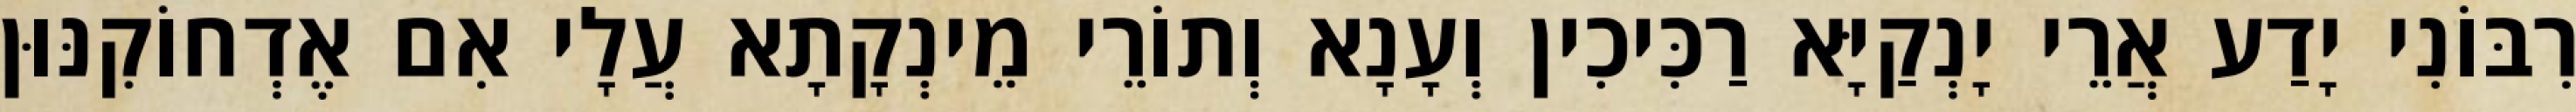
רִבּוֹנִי יָדַע אֲרֵי יָנְקַיָּא רַכִּיכִין וְעָנָא וְתוֹרֵי מֵינְקָתָא עֲלָי אִם אֶדְחוֹקִנּוּן